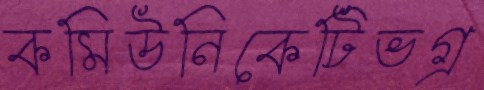
কমিউনিকেটিভগ্র